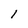
Character: 1